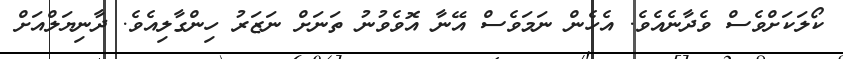
ކޯލަކަށްވެސް ވެދާނެއެވެ. އެހެން ނަމަވެސް އޭނާ އޮވެވުނު ތަނަށް ނަޒަރު ހިންގާލިއެވެ. ދާނިޔަލްއަށް